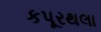
કપૂરથલા